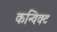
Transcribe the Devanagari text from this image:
कन्विक्ट